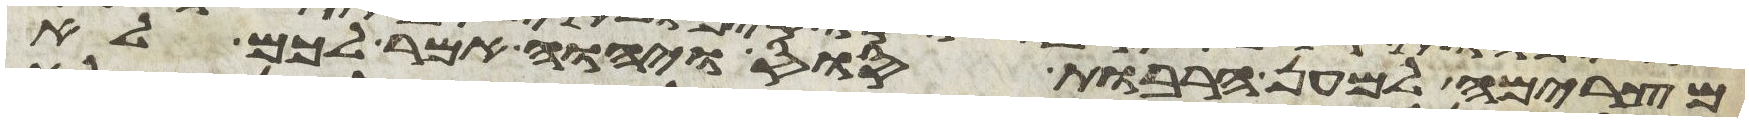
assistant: מצרימה למען הרבות סוס ויהוה האמר לכם לא